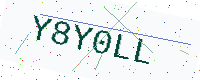
Text: Y8Y0LL